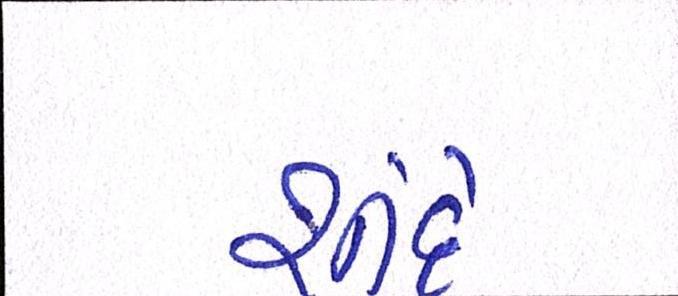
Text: શીંદે